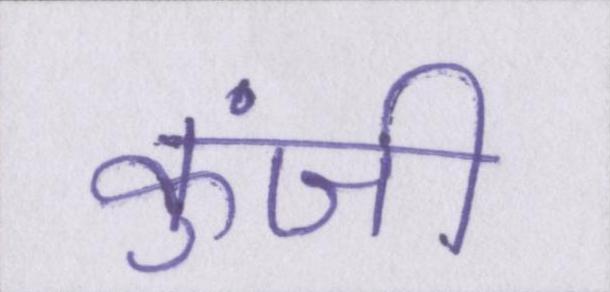
कुंजी